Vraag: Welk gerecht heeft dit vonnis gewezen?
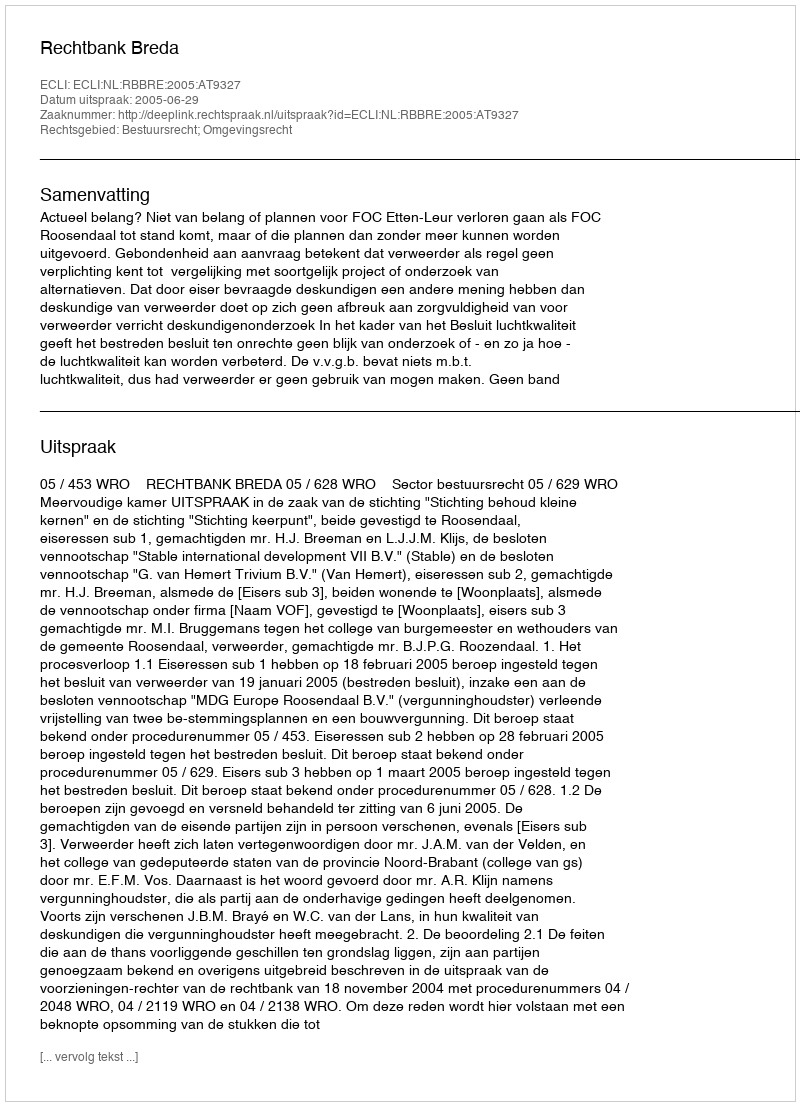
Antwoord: Rechtbank Breda